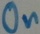
Text: On